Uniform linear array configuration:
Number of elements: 12
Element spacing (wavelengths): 1
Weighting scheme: hann
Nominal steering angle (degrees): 15
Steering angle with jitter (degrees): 14.718
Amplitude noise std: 0.05
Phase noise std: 0.05

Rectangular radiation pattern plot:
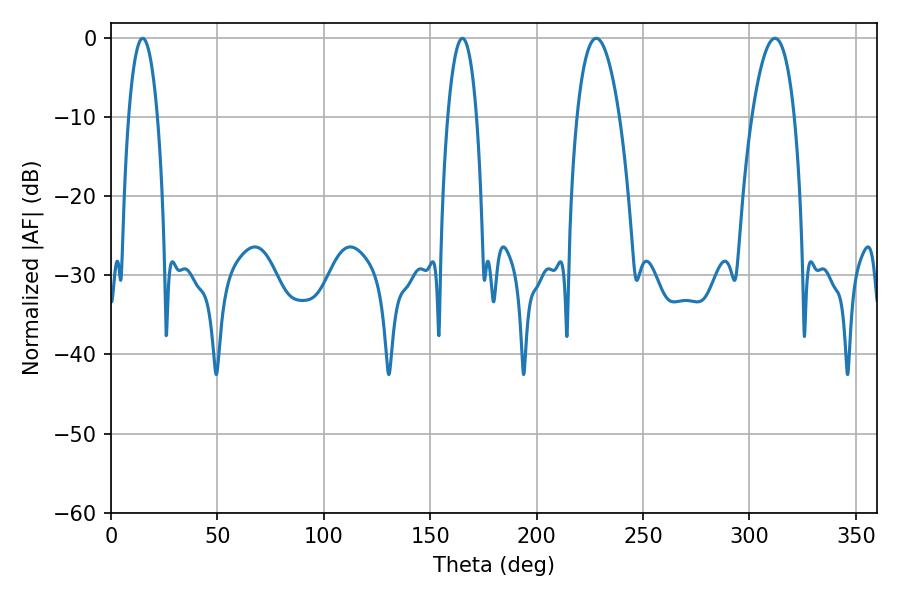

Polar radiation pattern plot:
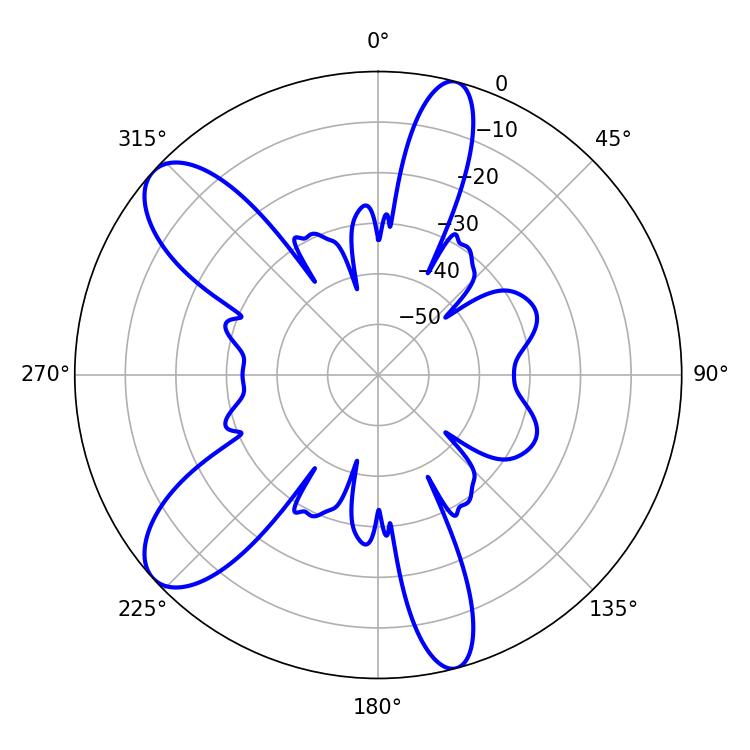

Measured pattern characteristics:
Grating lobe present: TRUE
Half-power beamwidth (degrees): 11.16
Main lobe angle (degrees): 311.94